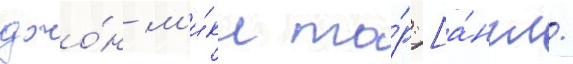
джо́н м'и́кл то́р [а́нгл.